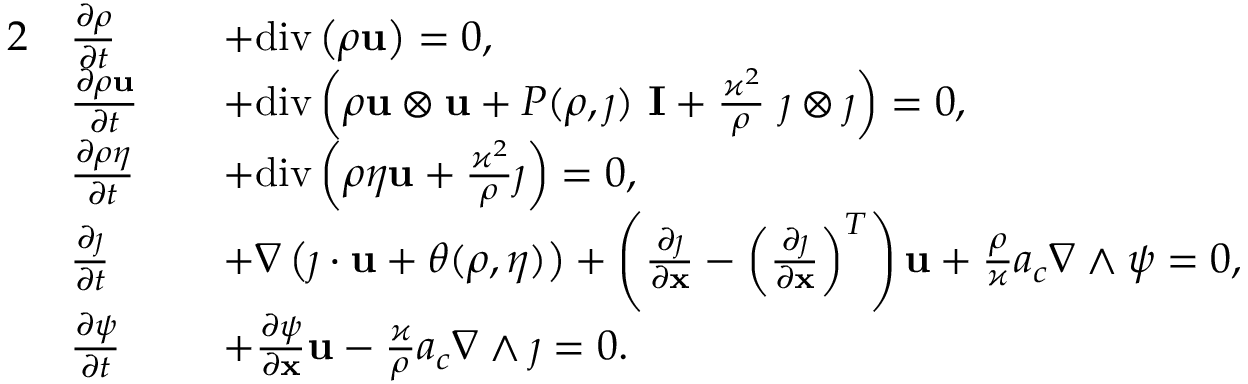
\begin{array} { r l r l } { { 2 } } & { \frac { \partial \rho } { \partial t } } & & { + \mathrm { d i v } \left( \rho \mathbf { u } \right) = 0 , } \\ & { \frac { \partial \rho \mathbf { u } } { \partial t } } & & { + \mathrm { d i v } \left( \rho \mathbf { u } \otimes \mathbf { u } + P ( \rho , \j ) \ \mathbf { I } + \frac { \varkappa ^ { 2 } } { \rho } \ \j \otimes \j \right) = 0 , } \\ & { \frac { \partial \rho \eta } { \partial t } } & & { + \mathrm { d i v } \left( \rho \eta \mathbf { u } + \frac { \varkappa ^ { 2 } } { \rho } \j \right) = 0 , } \\ & { \frac { \partial \j } { \partial t } } & & { + \nabla \left( \j \cdot \mathbf { u } + \theta ( \rho , \eta ) \right) + \left( \frac { \partial \j } { \partial \mathbf { x } } - \left( \frac { \partial \j } { \partial \mathbf { x } } \right) ^ { T } \right) \mathbf { u } + \frac { \rho } { \varkappa } a _ { c } \nabla \wedge \boldsymbol { \psi } = 0 , } \\ & { \frac { \partial \boldsymbol { \psi } } { \partial t } } & & { + \frac { \partial \boldsymbol { \psi } } { \partial \mathbf { x } } \mathbf { u } - \frac { \varkappa } { \rho } a _ { c } \nabla \wedge \j = 0 . } \end{array}